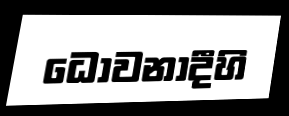
ධොවනාදීහි